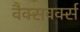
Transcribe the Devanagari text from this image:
वैक्सवर्क्स